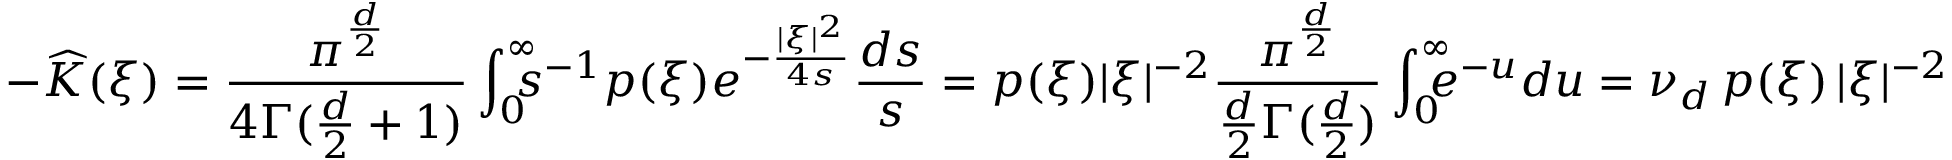
- \widehat K ( \xi ) = \frac { \pi ^ { \frac d 2 } } { 4 \Gamma ( \frac d 2 + 1 ) } \int _ { 0 } ^ { \infty } \! \! \! \! s ^ { - 1 } p ( \xi ) e ^ { - \frac { | \xi | ^ { 2 } } { 4 s } } \frac { d s } { s } = p ( \xi ) | \xi | ^ { - 2 } \frac { \pi ^ { \frac d 2 } } { \frac d 2 \Gamma ( \frac d 2 ) } \int _ { 0 } ^ { \infty } \! \! \! \! e ^ { - u } d u = \nu _ { d } \, p ( \xi ) \, | \xi | ^ { - 2 }